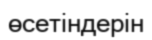
өсетіндерін